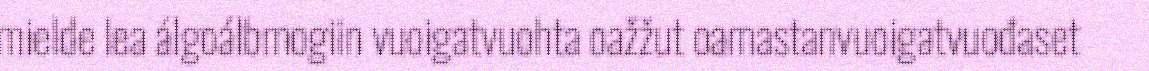
mielde lea álgoálbmogiin vuoigatvuohta oažžut oamastanvuoigatvuođaset